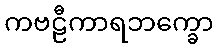
ကဗဠီကာရဘက္ခော